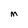
Character: M